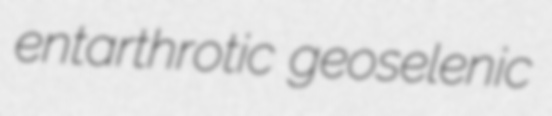
entarthrotic geoselenic